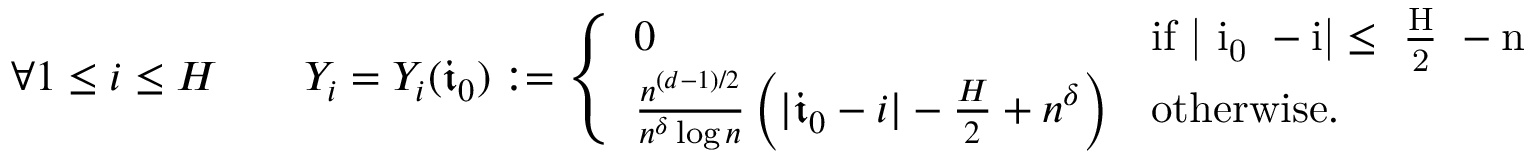
\forall 1 \le i \le H \qquad Y _ { i } = Y _ { i } ( \mathfrak i _ { 0 } ) : = \left\{ \begin{array} { l l } { 0 } & { \mathrm { i f ~ | \mathfrak ~ i _ 0 ~ - i | \le ~ \frac { H } { 2 } ~ - n ~ ^ { \delta } ~ } } \\ { \frac { n ^ { ( d - 1 ) / 2 } } { n ^ { \delta } \log n } \left( | \mathfrak i _ { 0 } - i | - \frac { H } { 2 } + n ^ { \delta } \right) } & { \mathrm { o t h e r w i s e . } } \end{array} \right.